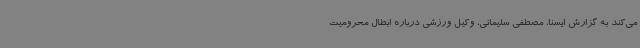
می‌کند به گزارش ایسنا، مصطفی سلیمانی، وکیل ورزشی درباره ابطال محرومیت